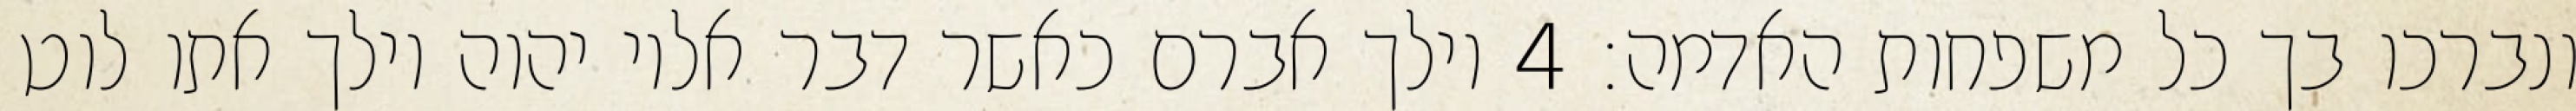
ונברכו בך כל משפחות האדמה׃ ‎4‏ וילך אברם כאשר דבר אליו יהוה וילך אתו לוט